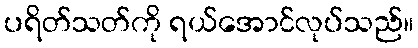
ပရိတ်သတ်ကို ရယ်အောင်လုပ်သည်။